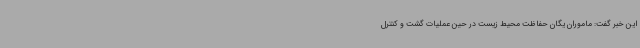
این خبر گفت: ماموران یگان حفاظت محیط زیست در حین عملیات گشت و کنترل